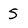
Character: 5